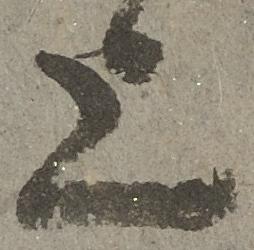
上